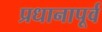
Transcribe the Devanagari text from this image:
प्रधानापूर्व